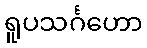
ရူပသင်္ဂဟော